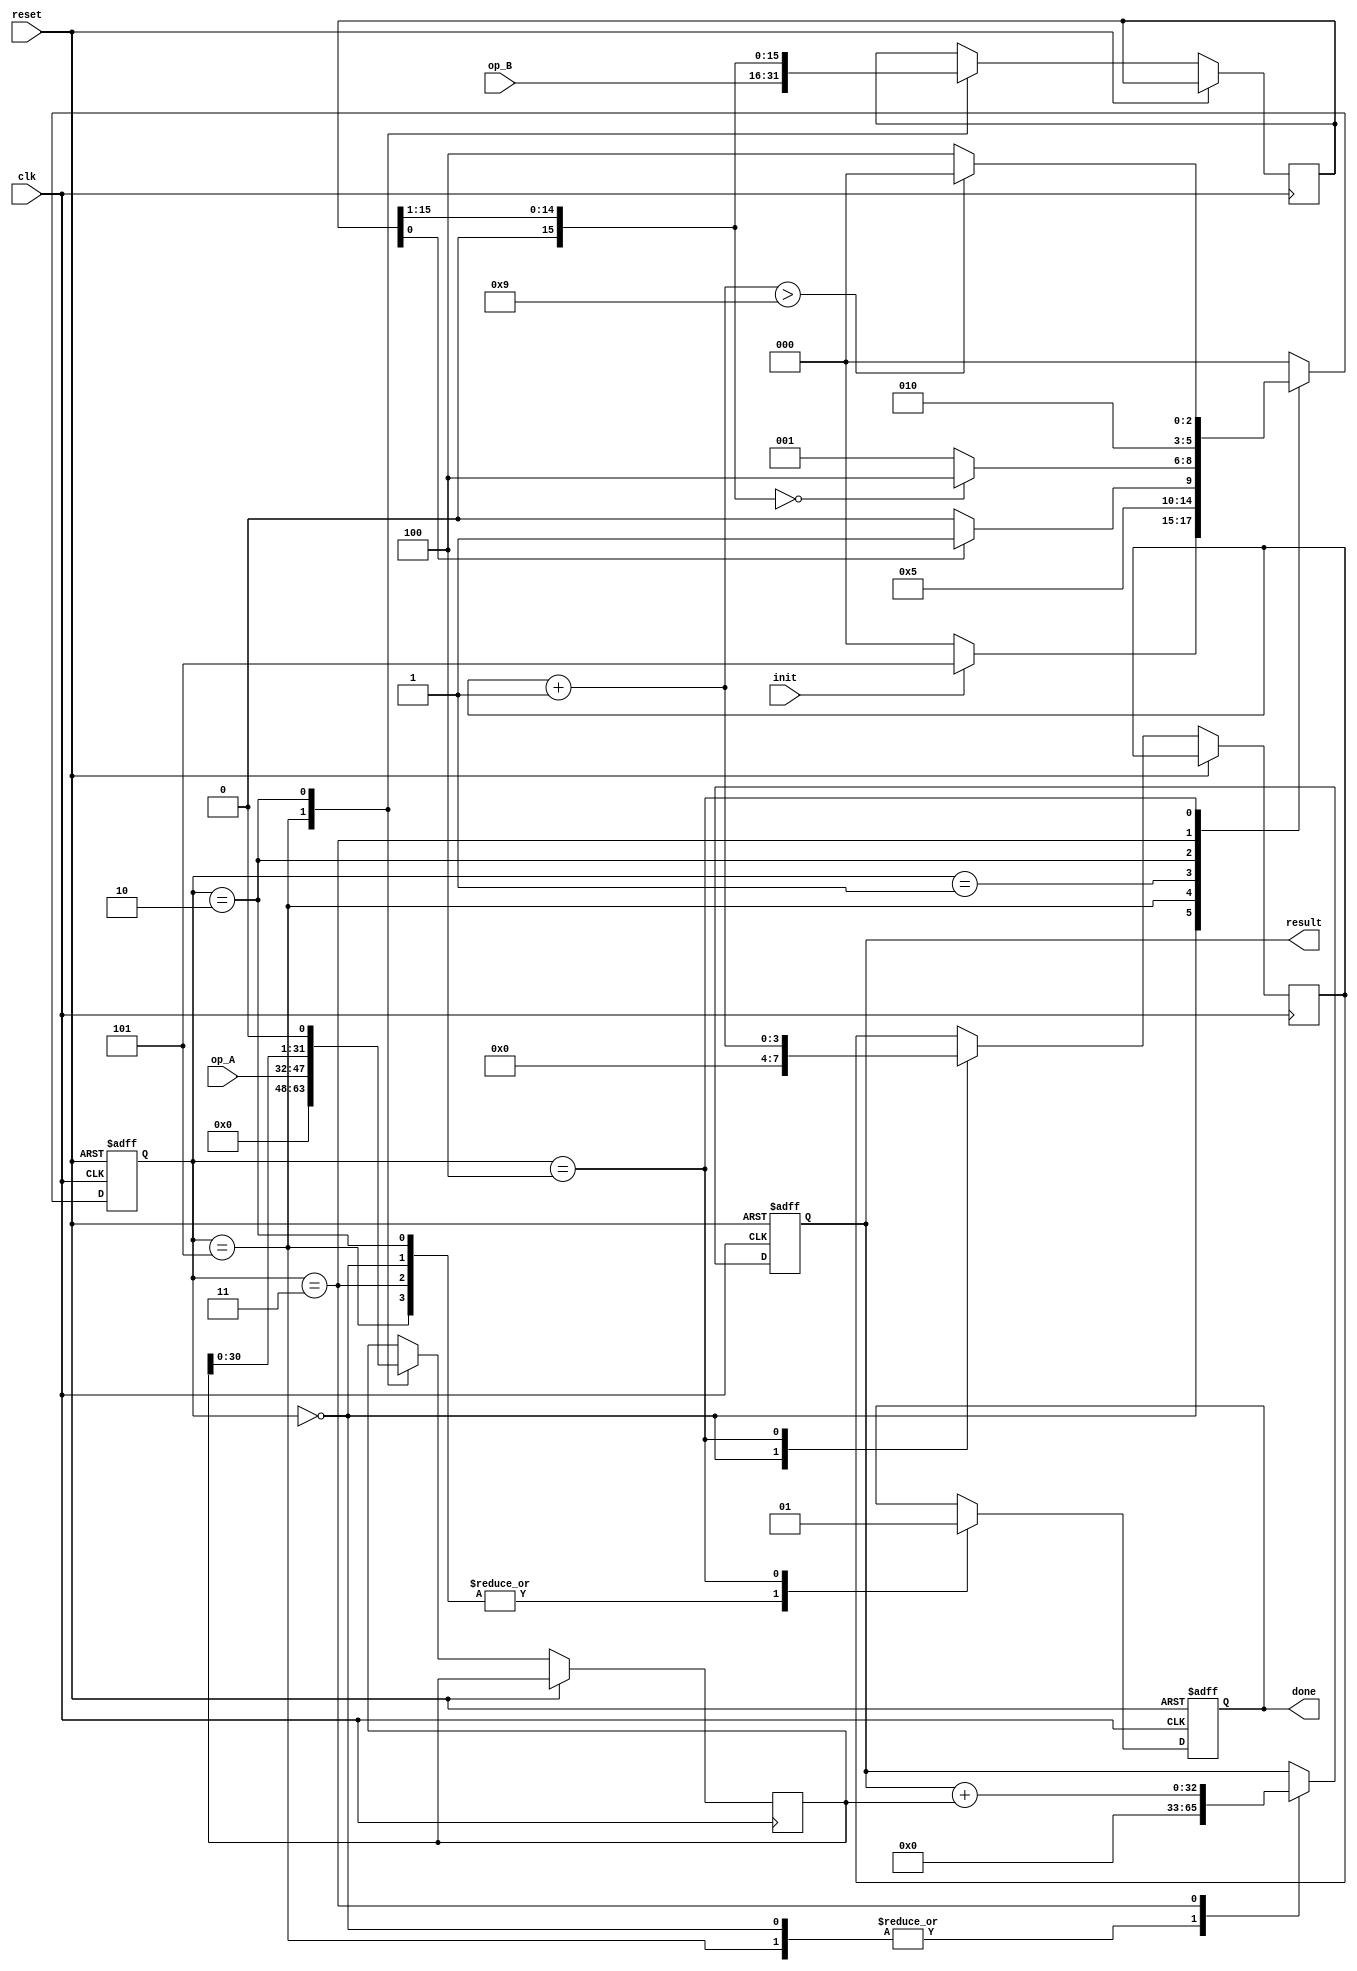
module mult (
	input              reset,
	input              clk,
	// Control lines
	input              init,
	output reg         done,
	// 
	output reg [32:0]  result,
	input      [15:0]  op_A,
	input      [15:0]  op_B 
);


parameter START  = 3'b000;
parameter CHECK  = 3'b001;
parameter SHIFT  = 3'b010;
parameter ADD    = 3'b011;
parameter END    = 3'b100;
parameter START1 = 3'b101;
 
reg [2:0]  state;
reg [31:0] A;
reg [15:0] B;

initial begin
	result = 0;
	done   = 0;
end
 
 
	reg [3:0] count;
 
always @(posedge clk or posedge reset)
begin
	if (reset) begin
		done   <= 0;
		result <= 0;
		state   = START;
	end else begin
		case(state)
			START:begin
				count  =  0;
				done   <= 0;
				result =  0;
				if(init)
					state = START1;
				else
					state = START;
			end
    
			START1:begin
				A      <= op_A;
				B      <= op_B;
				done   <= 0;
				result =  0;
				state  =  CHECK;
			end

			CHECK: begin
				if(B[0])
					state = ADD;
				else
					state = SHIFT;
			end
        
			SHIFT: begin
				B    = B >> 1;
				A    = A << 1;
				done = 0;			
				if(B==0)
					state = END;
				else
					state = CHECK;
			end
     
			ADD: begin
				result <= result + A;
				done    = 0;			 
				state   = SHIFT;
			end

			END:begin
				done = 1;
				count = count + 1;
				state = (count>9) ? START : END ; // hace falta de 10 ciclos de reloj, para que lea el done y luego cargue el resultado
			end

			default: state = START;
     
		endcase
	end
end

endmodule